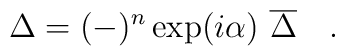
\Delta = (-)^n \exp(i \alpha)\ {\overline{\Delta}} \quad.